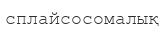
сплайсосомалық